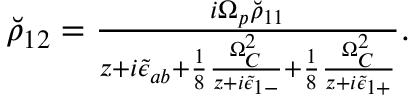
\begin{array} { r } { \breve { \rho } _ { 1 2 } = \frac { i \Omega _ { p } \breve { \rho } _ { 1 1 } } { z + i \tilde { \epsilon } _ { a b } + \frac { 1 } { 8 } \frac { \Omega _ { C } ^ { 2 } } { z + i \tilde { \epsilon } _ { 1 - } } + \frac { 1 } { 8 } \frac { \Omega _ { C } ^ { 2 } } { z + i \tilde { \epsilon } _ { 1 + } } } . } \end{array}